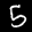
Label: 5